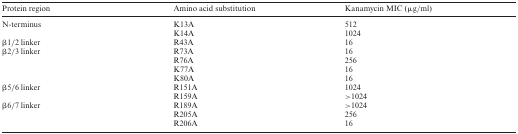
<table><thead><tr><td><b>Protein region</b></td><td><b>Amino acid substitution</b></td><td><b>Kanamycin MIC (μg/ml)</b></td></tr></thead><tbody><tr><td>N-terminus</td><td>K13A</td><td>512</td></tr><tr><td></td><td>K14A</td><td>1024</td></tr><tr><td>β1/2 linker</td><td>R43A</td><td>16</td></tr><tr><td>β2/3 linker</td><td>R73A</td><td>16</td></tr><tr><td></td><td>R76A</td><td>256</td></tr><tr><td></td><td>K77A</td><td>16</td></tr><tr><td></td><td>K80A</td><td>16</td></tr><tr><td>β5/6 linker</td><td>R151A</td><td>1024</td></tr><tr><td></td><td>R159A</td><td>&gt;1024</td></tr><tr><td>β6/7 linker</td><td>R189A</td><td>&gt;1024</td></tr><tr><td></td><td>R205A</td><td>256</td></tr><tr><td></td><td>R206A</td><td>16</td></tr></tbody></table>